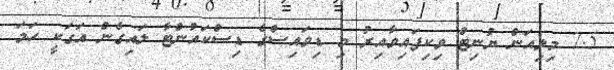
7.5 މިލިއަން ޔުނިޓް ވިކިފައިވާއިރު މި ޑިވައިސްގެ ޑިސްކައުންޓާ ލައިގެން އަގަކީ ހަމަ